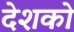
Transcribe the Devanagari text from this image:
देशको